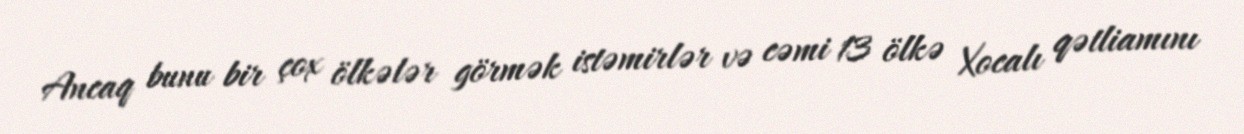
Ancaq bunu bir çox ölkələr görmək istəmirlər və cəmi 13 ölkə Xocalı qətliamını